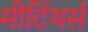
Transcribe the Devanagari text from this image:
मीटिंयर्स